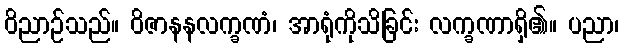
ဝိညာဉ်သည်။ ဝိဇာနနလက္ခဏံ၊ အာရုံကိုသိခြင်း လက္ခဏာရှိ၏။ ပညာ၊